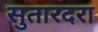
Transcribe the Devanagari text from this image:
सुतारदरा